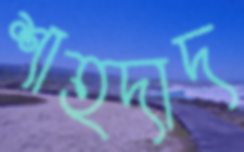
শাহদাদ